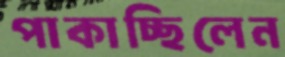
পাকাচ্ছিলেন